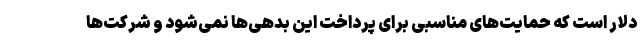
دلار است که حمایت‌های مناسبی برای پرداخت این بدهی‌ها نمی‌شود و شرکت‌ها